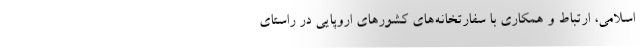
اسلامی، ارتباط و همکاری با سفارتخانه‌های کشورهای اروپایی در راستای